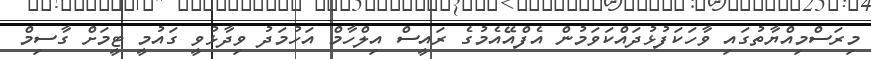
މިރަސްމިއްޔާތުގައި ވާހަކަފުޅުދައްކަވަމުން އެފްއޭއެމުގެ ރައީސް އިލްހާމް އަހުމަދު ވިދާޅުވީ ގައުމީ ޓީމަށް ގާސިމް